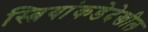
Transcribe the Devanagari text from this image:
स्त्रियांकडेदेखील